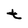
Character: t